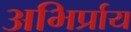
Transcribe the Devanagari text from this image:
अभिर्प्राय